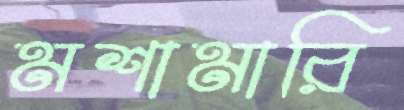
মশামারি